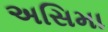
અસિમા